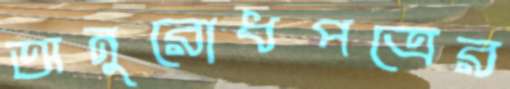
অনুরোধপত্রের